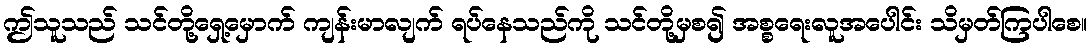
ဤသူသည် သင်တို့ရှေ့မှောက် ကျန်းမာလျက် ရပ်နေသည်ကို သင်တို့မှစ၍ အစ္စရေးလူအပေါင်း သိမှတ်ကြပါစေ။